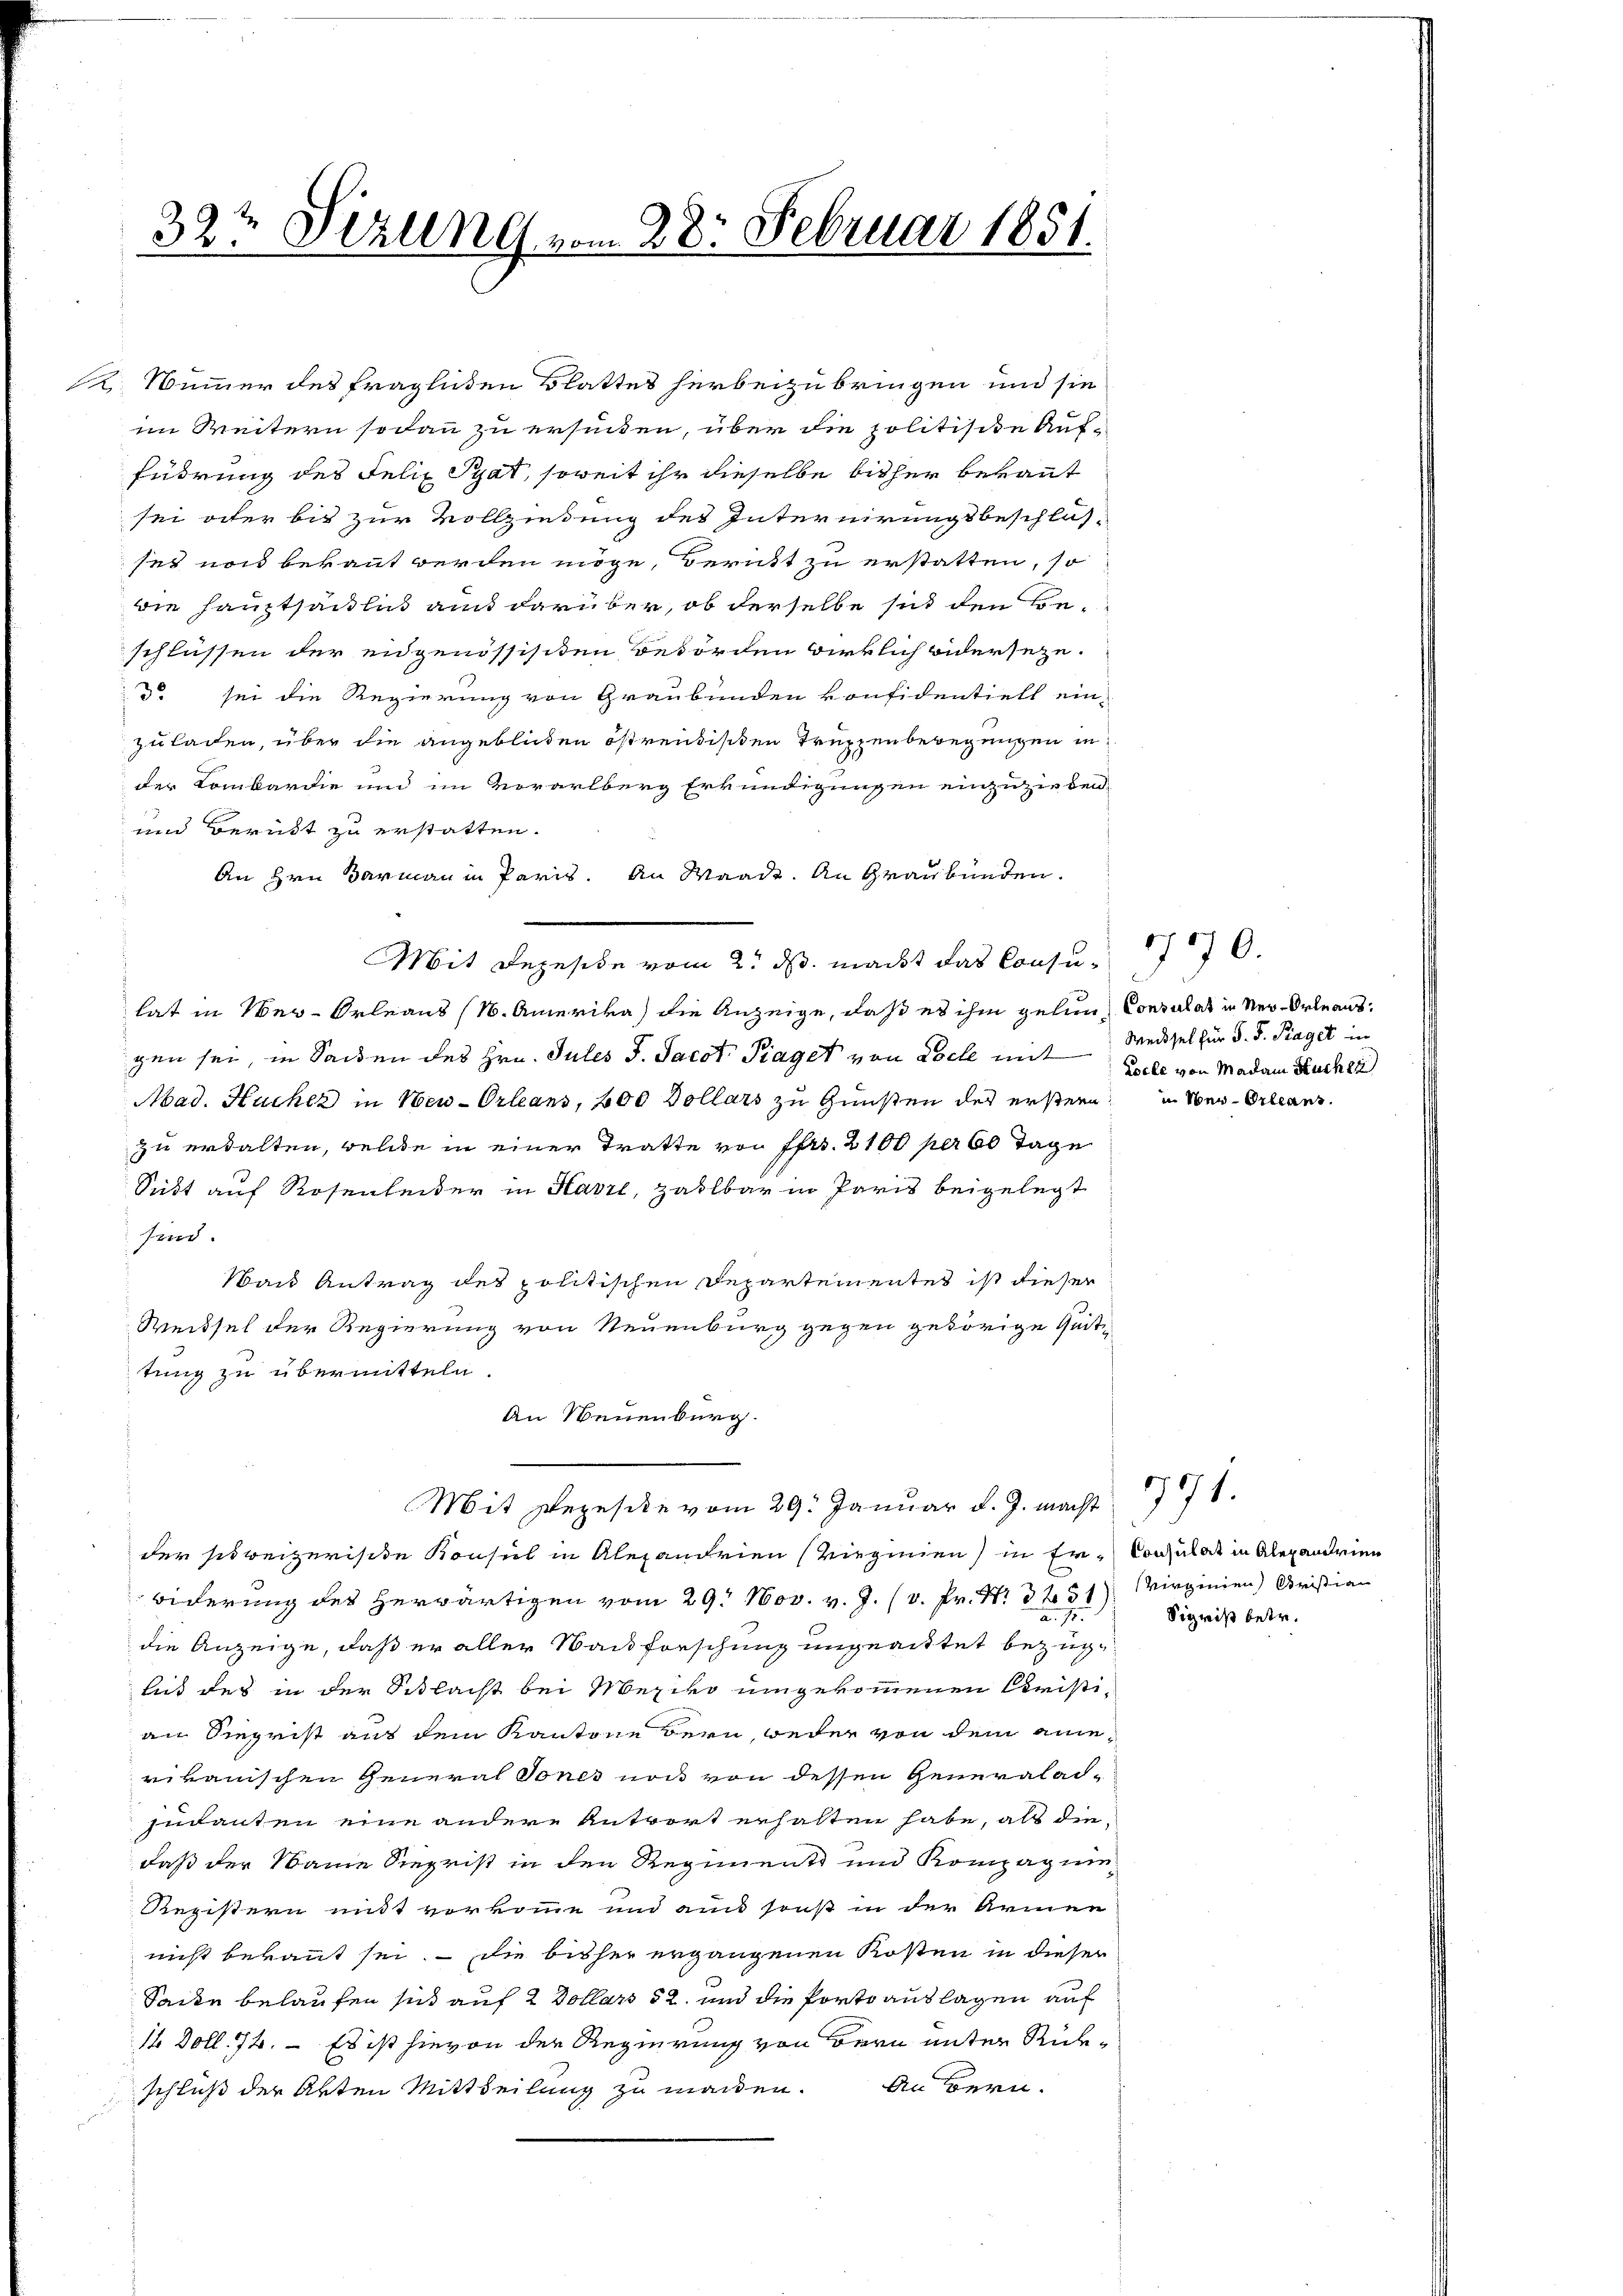
i

32te Sezung vom 28. Februar 1851.

An Hrn. Barmann in Paris. An Waadt. An Graubünden.
Mit Rezeside vom 2. ds. macht das Consulat in Ver-Orleans (1. Amerika) die Anzeige, daß es ihm gelun- Consulat in Neu-Orleaus:
gen sei, in Sachen des Hrn. Jules J. Jacot Piaget von Loche mit
Mad. Hucker in Neu-Orleans, 200 Dollars zu Gunsten der erstern in Neu-Orleans
zu erhalten, welche in einer Tratte von ffrs. 2100 per 60 Tage
Sett auf Rosenleiter in Havre, zahlbar in Paris beigelegt
sind.
Waus Antrag des politischen Departementes ist dieser
Weissel der Regierung von Neuenburg gegen gehörige Zeit
tung zu übermitteln.
An Neuenburg.
Mit Rezesike vom 29. Januar d. J. macht
der schweizerische Konsul in Alexandrien (Viegnien) in Er-Consulat in Alexandrien
biderung des herwärtigen vom 29. Nov. v. J. (v. Fr. No 8231) Virginien Cristian
a
die Anzeige, daß er aller Backforschung ungeachtet bezüglus des in der Schlacht bei Mexiko umgekommenen Christi-
an Siegrist aus dem Kantone Bern, weder von dem anierikanischen General Tones noch von dessen Generalad-
sidanten eine andere Antwort erhalten habe, als die
daß der Name Siegrist in den Regimente und Kompagnie
Registern mit vorkomme und aus sonst in der Armen
nicht bekannt sei. – Die bisher ergangenen Kosten in dieser
Sacke belaufen sich auf 2 Dollars 52 und die Portoauslagen auf
16 Doll. 74. – Es ist hievon der Regierung von Bern unter Rie¬
An Bern.
schluß der Akten Mittheilung zu manden.

2 Nummer des fraglichen Blattes herbeizubringen und sie
im Weitern sodann zu ersunden, über die politische Auf-
fudrung des Felix Pyat, soweit ihr dieselbe bisher bekannt
sei oder bis zur Vollziehung des Internirungsbeschlüsses noch bekannt werden möge, Beruht zu erstatten, so
die Hauptsächlich aus darüber, ob derselbe sich den Beschlüssen der eidgenössisten Beförden wirklich widerseze.
do sei die Regierung von Graubünden konfidentiell ein-
zuladen, über die angeblichen östrentischen Truppenbewegungen in
der Lombardie und im Vorarlberg Erkundigungen einzuziehen,
und Berükt zu erstatten.

8
Weibsel für S. S. Traget in
Locke von Madam Kuchen

170.

Sigwiß betr.

771.